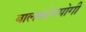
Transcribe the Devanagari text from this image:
बालकोपयोगी